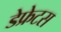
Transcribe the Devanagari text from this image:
डेफ्रेटस